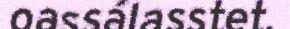
oassálasstet.